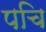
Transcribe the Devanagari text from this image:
पचि